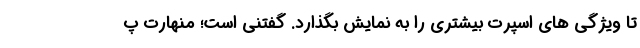
تا ویژگی های اسپرت بیشتری را به نمایش بگذارد. گفتنی است؛ منهارت پ